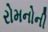
રોમનોની